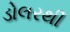
ડોલરથી